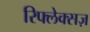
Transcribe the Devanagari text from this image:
रिफ्लेक्सज़